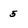
Character: 5